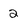
Character: 2